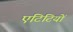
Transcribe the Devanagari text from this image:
एंटिटियों